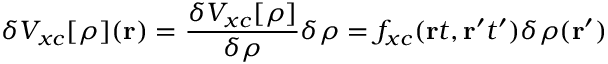
\delta V _ { x c } [ \rho ] ( \mathbf { r } ) = { \frac { \delta V _ { x c } [ \rho ] } { \delta \rho } } \delta \rho = f _ { x c } ( \mathbf { r } t , \mathbf { r ^ { \prime } } t ^ { \prime } ) \delta \rho ( \mathbf { r ^ { \prime } } )